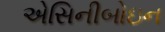
એસિનીબોઇન